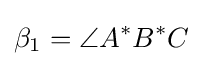
\beta _{1}=\angle A^{*}B^{*}C